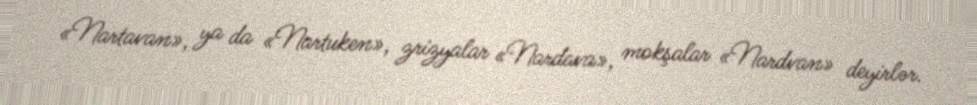
«Nartavan», ya da «Nartuken», zrizyalar «Nardava», mokşalar «Nardvan» deyirlər.